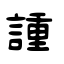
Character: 諥